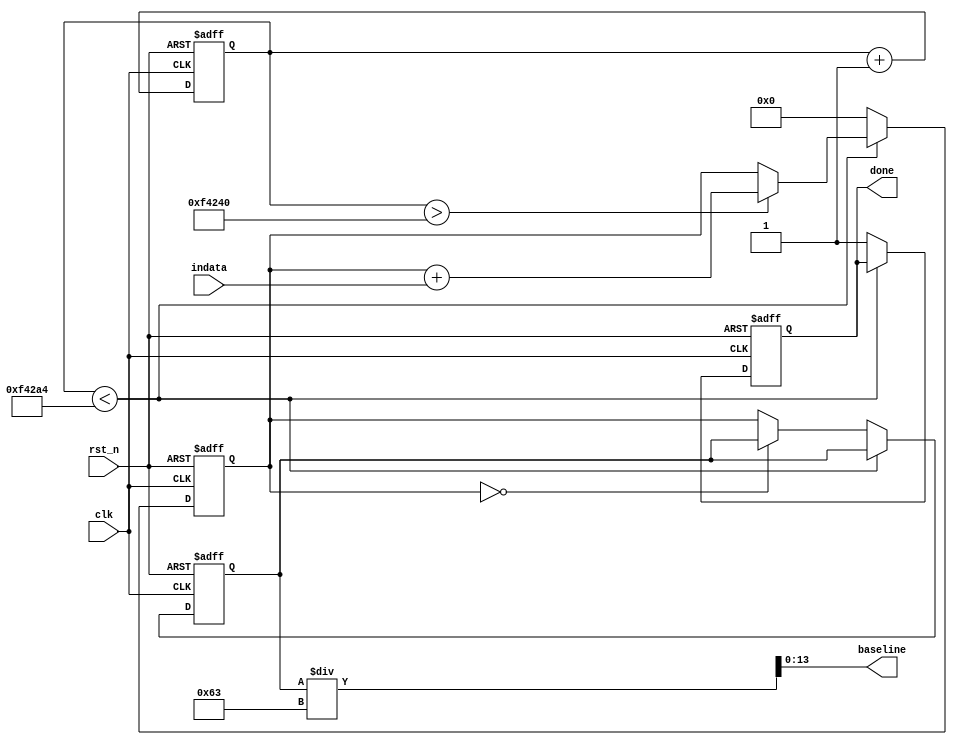
module baseline_mes #(parameter TIMEKEEP=100, parameter INITWAIT=1000000) 
(
  input         clk,
  input         rst_n, 
  input  [13:0] indata,
  output [13:0] baseline,
  output        done
); 

  reg  donereg; 
  reg [23:0] dinner;
  reg [23:0] counter;  
  reg [23:0] dtmp; 
  
  always @(negedge rst_n or posedge clk) begin 
    if (~rst_n) begin 
	   donereg <= 1'b0;
	   dinner  <= 24'd0;
	   counter <= 24'd0; 
	   dtmp    <= 24'd0;	
	 end
	 else begin 
	   counter <= counter + 1'b1;
		if (counter < INITWAIT + TIMEKEEP) begin 
		  if (counter > INITWAIT)
		    dinner <= dinner + indata;
		end
      else begin 
        donereg <= 1'b1;
		  dtmp    <= (dinner==24'd0) ? dtmp : dinner ; 
		  dinner  <= 24'd0;
		end  
	 end
  end
  
  assign done = donereg; 
  
  wire [23:0] bstmp = (dtmp / (TIMEKEEP-1));
  
  assign baseline = bstmp[13:0];
  

endmodule